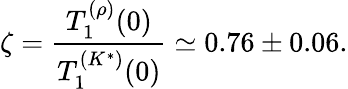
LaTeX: \zeta=\frac{T_{1}^{(\rho)}(0)}{T_{1}^{(K^{*})}(0)}\simeq 0.76\pm 0.06.